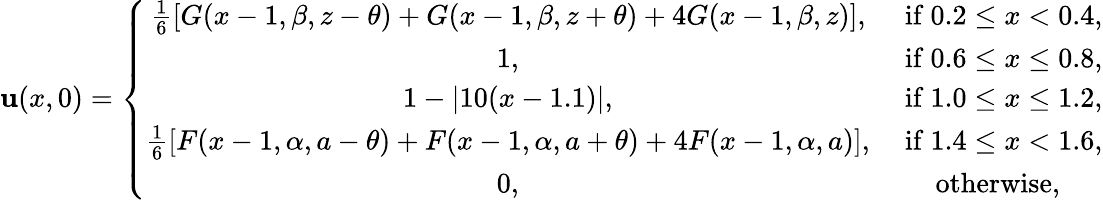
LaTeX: \mathbf{u}(x,0)=\left\{ \begin{array}{cc}{\frac{1}{6}[G(x-1,\beta,z-\theta)+G(x-1,\beta,z+\theta)+4G(x-1,\beta,z)],}&{\mathrm{~if~}0.2\leq x<0.4,}\\ {1,}&{\mathrm{~if~}0.6\leq x\leq 0.8,}\\ {1-|10(x-1.1)|,}&{\mathrm{~if~}1.0\leq x\leq 1.2,}\\ {\frac{1}{6}[F(x-1,\alpha,a-\theta)+F(x-1,\alpha,a+\theta)+4F(x-1,\alpha,a)],}&{\mathrm{~if~}1.4\leq x<1.6,}\\ {0,}&{\mathrm{~otherwise,~}}\end{array}\right.